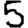
Digit: 5